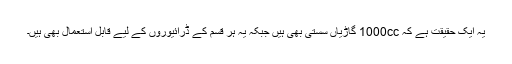
یہ ایک حقیقت ہے کہ 1000cc گاڑیاں سستی بھی ہیں جبکہ یہ ہر قسم کے ڈرائیوروں کے لیے قابل استعمال بھی ہیں۔